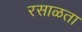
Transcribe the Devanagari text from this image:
रसाळता